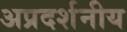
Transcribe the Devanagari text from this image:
अप्रदर्शनीय